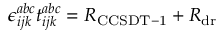
\epsilon _ { i j k } ^ { a b c } t _ { i j k } ^ { a b c } = R _ { \mathrm { C C S D T - 1 } } + R _ { \mathrm { d r } }